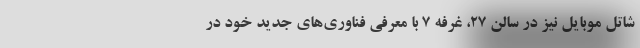
شاتل موبایل نیز در سالن 27، غرفه 7 با معرفی فناوری‌های جدید خود در